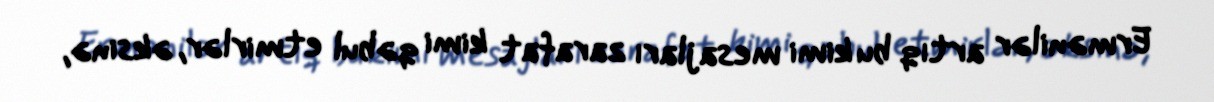
Ermənilər artıq bu kimi mesajları zarafat kimi qəbul etmirlər, əksinə,